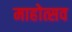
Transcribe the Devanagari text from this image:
माहोत्सव